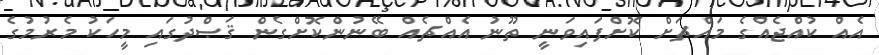
އެއް ކުއްޖެއްގެ މައްޗަށް ކޮށްފައިވަނީ ތޫނު އެއްޗެއް ބޭނުންކޮށްގެން ޤަޞްދުގައި މީހަކު މެރުމުގެ